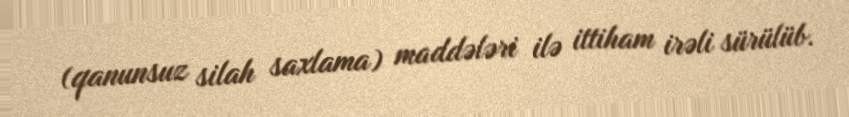
(qanunsuz silah saxlama) maddələri ilə ittiham irəli sürülüb.